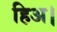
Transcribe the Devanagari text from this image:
हिअ।